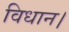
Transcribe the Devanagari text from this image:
विधान।